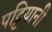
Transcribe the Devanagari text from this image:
पट्टियानी